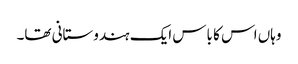
وہاں اس کا باس ایک ہندوستانی تھا۔